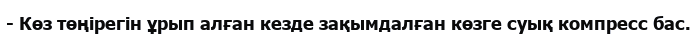
- Көз төңірегін ұрып алған кезде зақымдалған көзге суық компресс бас.